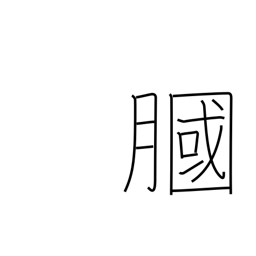
Meaning: hollow of knee